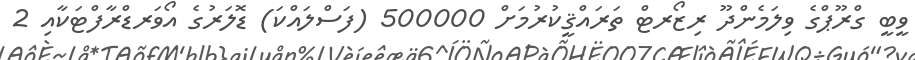
ވީބީ ގްރޫޕްގެ ވިލަމެންދޫ ރިޒޯރޓް ތަރައްޤީކުރުމަށް 500000 (ފަސްލައްކަ) ޑޮލަރުގެ އޯވަރޑްރާފްޓަކާއި 2